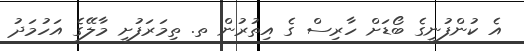
އެ ކުންފުނީގެ ބޯޑަށް ހާރިސް ގެ އިތުރުން ތ. ތިމަރަފުށީ މާލޭގެ އަހުމަދު